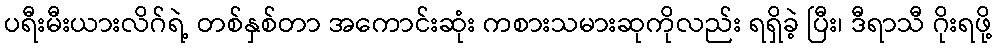
ပရီးမီးယားလိဂ်ရဲ့ တစ်နှစ်တာ အကောင်းဆုံး ကစားသမားဆုကိုလည်း ရရှိခဲ့ ပြီး၊ ဒီရာသီ ဂိုးရဖို့